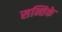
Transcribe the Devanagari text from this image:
सन्तिके